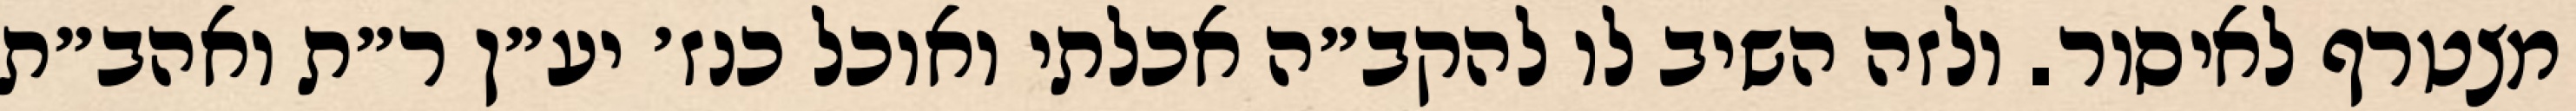
מצטרף לאיסור. ולזה השיב לו להקב״ה אכלתי ואוכל כנז׳ יע״ן ר״ת ואהב״ת